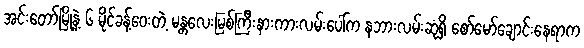
အင်းတော်မြို့နဲ့ ၆ မိုင်ခန့်ဝေးတဲ့ မန္တလေးမြစ်ကြီးနားကားလမ်းပေါ်က နဘားလမ်းဆုံရှိ စော်မော်ချောင်းနေရာက